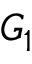
G _ { 1 }